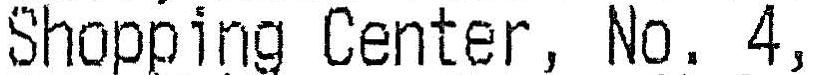
SHOPPING CENTER, NO. 4,